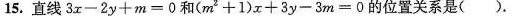
15.直线$$3 x - 2 y + m = 0$$和$$( m ^ { 2 } + 1 ) x + 3 y - 3 m = 0$$的位置关系是( ).